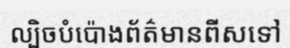
ល្បិចបំប៉ោងព័ត៌មានពីសទៅ